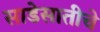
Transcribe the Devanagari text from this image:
साडेसातीचे